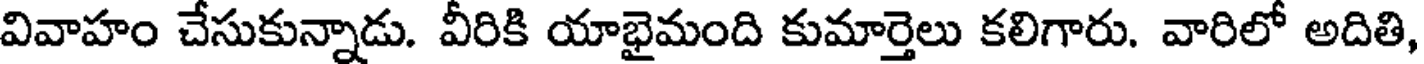
వివాహం చేసుకున్నాడు. వీరికి యాభైమంది కుమార్తెలు కలిగారు. వారిలో అదితి,